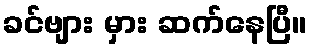
ခင်ဗျား မှား ဆက်နေပြီ။